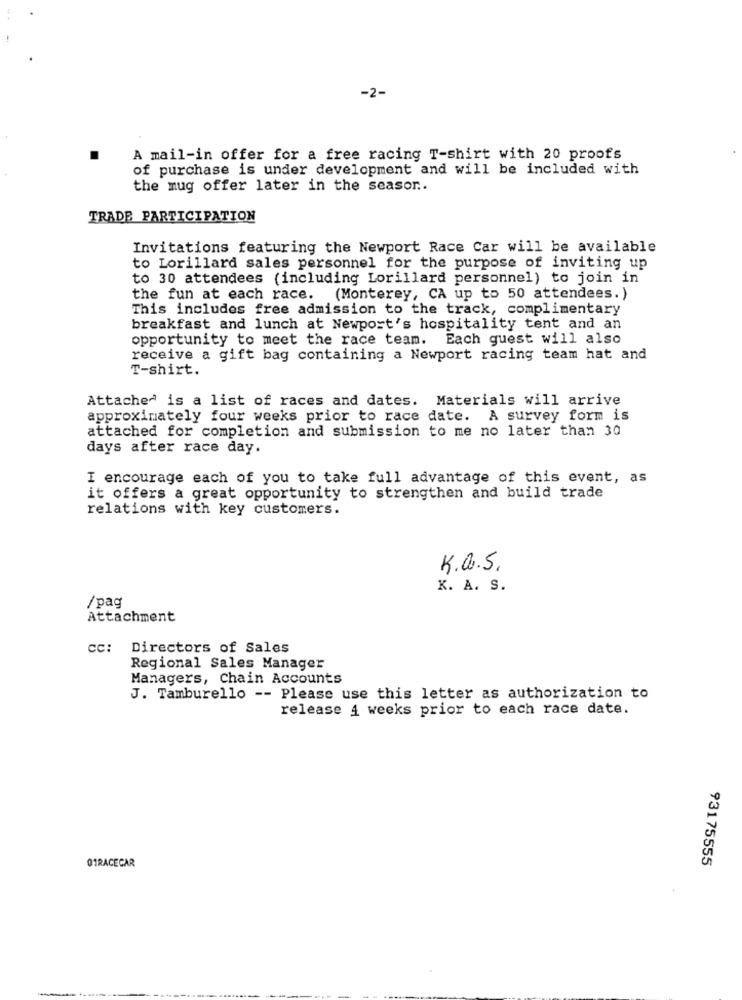
-2-
A mail-in offer for a free racing T-shirt with 20 proofs
of purchase is under development and will be included with
the mug offer later in the season ..
TRADE PARTICIPATION
Invitations featuring the Newport Race Car will be available
to Lorillard sales personnel for the purpose of inviting up
to 30 attendees (including Lorillard personnel) to join in
the fun at each race.
(Monterey, CA up to 50 attendees.)
This includes free admission to the track, complimentary
breakfast and lunch at Newport's hospitality tent and an
opportunity to meet the race team.
Each guest will also
receive a gift bag containing a Newport racing team hat and
T-shirt.
Attached is a list of races and dates. Materials will arrive
approximately four weeks prior to race date. A survey form is
attached for completion and submission to me no later than 30
days after race day.
I encourage each of you to take full advantage of this event, as
it offers a great opportunity to strengthen and build trade
relations with key customers.
K.a.S.
K. A. S.
/pag
Attachment
cc: Directors of Sales
Regional Sales Manager
Managers, Chain Accounts
J. Tamburello -- Please use this letter as authorization to
release 4 weeks prior to each race date.
93175555
01RACECAR